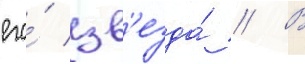
его́ зв'езда́ // В